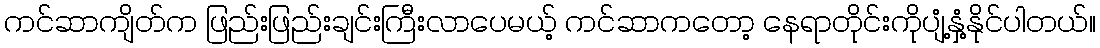
ကင်ဆာကျိတ်က ဖြည်းဖြည်းချင်းကြီးလာပေမယ့် ကင်ဆာကတော့ နေရာတိုင်းကိုပျံ့နှံ့နိုင်ပါတယ်။